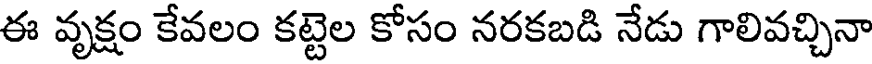
ఈ వృక్షం కేవలం కట్టెల కోసం నరకబడి నేడు గాలివచ్చినా